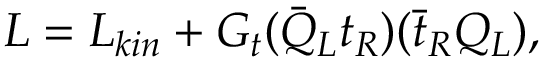
{ \cal L } = { \cal L } _ { k i n } + G _ { t } ( { \bar { Q } } _ { L } t _ { R } ) ( { \bar { t } } _ { R } Q _ { L } ) ,